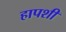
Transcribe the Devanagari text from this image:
हापशी